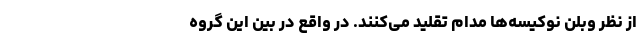
از نظر وبلن نوکیسه‌ها مدام تقلید می‌کنند. در واقع در بین این گروه